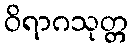
ဝိရာဂသုတ္တ